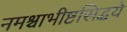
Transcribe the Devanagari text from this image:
नमश्चाभीष्टसिद्धये